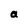
Character: a